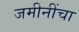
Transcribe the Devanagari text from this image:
जमीनींचा